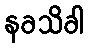
နခသိခါ